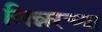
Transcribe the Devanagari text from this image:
सिन्नरच्या